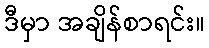
ဒီမှာ အချိန်စာရင်း။